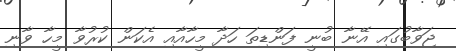
ޖަވާބުގައި އޭނާ ބުނީ ފަންޑިތަ ހަދާ މީހާއާއި އެކަން ކުރުވާ މީހާ ވާނި